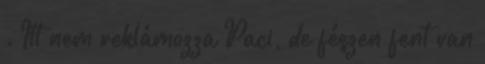
. Itt nem reklámozza Paci, de fészen fent van